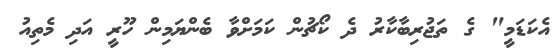
އެކަޑަމީ" ގެ ތަޖުރިބާކާރު ދެ ކޯޗުން ކަމަށްވާ ބެންޔަމިން ހޫރީ އަދި މެތިއު